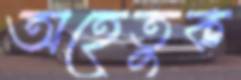
অহেতুক